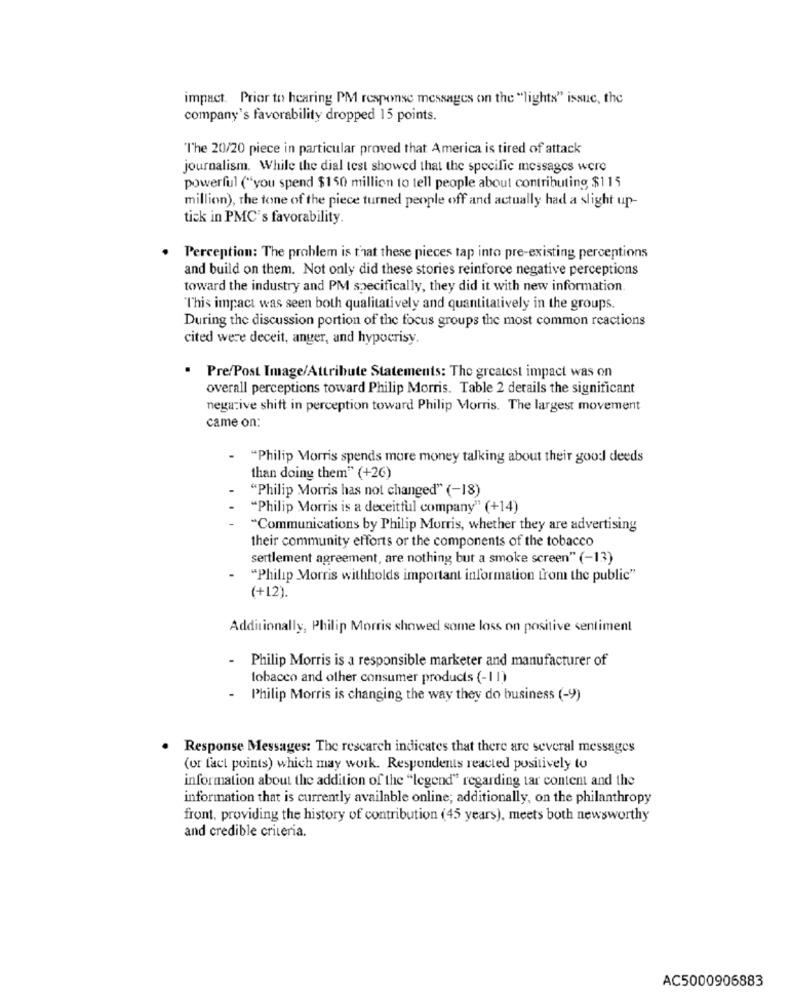
impact. Prior to hearing PM response messages on the "lights" issuc, the
company's favorability dropped 15 points.
The 20/20 piece in particular proved that America is tired of attack
journalism. While the dial test showed that the specific messages were
powerful ("you spend $150 million to tell people about contributing $115
million), the tone of the piece turned people off and actually had a slight up-
tick in PMC's favorability.
. Perception: The problem is that these pieces tap into pre-existing perceptions
and build on them. Not only did these stories reinforce negative perceptions
toward the industry and PM specifically, they did it with new information.
This impact was seen both qualitatively and quantitatively in the groups.
During the discussion portion of the focus groups the most common reactions
cited were deceit, anger, and hypocrisy.
Pre/Post Image/Attribute Statements: The greatest impact was on
overall perceptions toward Philip Morris. Table 2 derails the significant
negative shift in perception toward Philip Morris. The largest movement
came on:
"Philip Morris spends more money talking about their good deeds
than doing them" (+26)
"Philip Morris has not changed" (-18)
"Philip Morris is a deceitful company" (+14)
"Communications by Philip Morris, whether they are advertising
their community efforts or the components of the tobacco
sertlement agreement, are nothing but a smoke screen" (-13)
"Philip Morris withholds important information from the public"
(+12).
Additionally, Philip Morris showed same lass on positive sentiment
Philip Morris is a responsible marketer and manufacturer of
tobacco and other consumer products (-11)
- Philip Morris is changing the way they do business (-9)
Response Messages: The research indicates that there are several messages
(or fact points) which may work. Respondents reacted positively to
information about the addition of the "legend" regarding tar content and the
information that is currently available online; additionally, on the philanthropy
front, providing the history of contribution (45 years), meets both newsworthy
and credible criteria.
AC5000906883